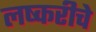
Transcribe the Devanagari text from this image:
लष्करीचे